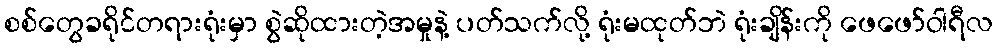
စစ်တွေခရိုင်တရားရုံးမှာ စွဲဆိုထားတဲ့အမှုနဲ့ ပတ်သက်လို့ ရုံးမထုတ်ဘဲ ရုံးချိန်းကို ဖေဖော်ဝါရီလ